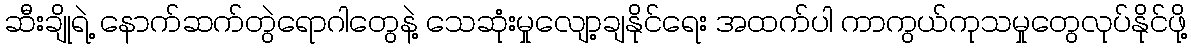
ဆီးချိုရဲ့ နောက်ဆက်တွဲရောဂါတွေနဲ့ သေဆုံးမှုလျော့ချနိုင်ရေး အထက်ပါ ကာကွယ်ကုသမှုတွေလုပ်နိုင်ဖို့